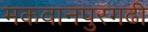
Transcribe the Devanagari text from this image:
मकवानपुरगढी